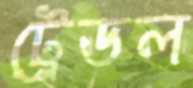
ট্রেডল